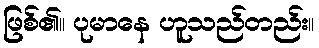
ဖြစ်၏။ ပုမာနေ ဟူသည်တည်း။